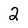
Character: 2